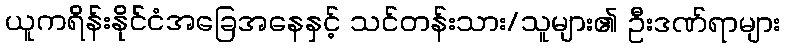
ယူကရိန်းနိုင်ငံအခြေအနေနှင့် သင်တန်းသား/သူများ၏ ဦးဒဏ်ရာများ